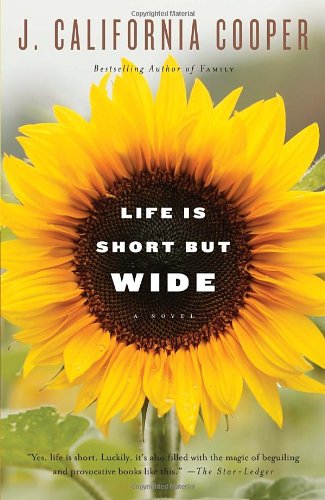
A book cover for Life Is Short But Wide; J. California Cooper; Literature & Fiction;